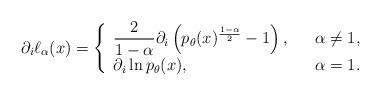
LaTeX: \begin{align*}\partial_i \ell_\alpha(x) = \left\{ \begin{array}{l c l}\dfrac{2}{1-\alpha}\partial_i \left(p_\theta(x)^{\frac{1-\alpha}{2}}-1\right),& &\alpha\neq 1,\\\partial_i \ln p_\theta(x), & &\alpha = 1.\end{array}\right.\end{align*}